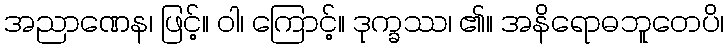
အညာဏေန၊ ဖြင့်။ ဝါ၊ ကြောင့်။ ဒုက္ခဿ၊ ၏။ အနိရောဓဘူတေပိ၊